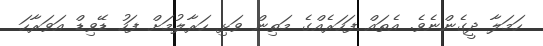
ހަމަލާ ދީގެންނެވެ. އެތައް ފަހަރެއްގެ މަތިން ވަޅި ހަރާލުމަށް ފަހު ޑޭވިޑް އަވަރާހަ